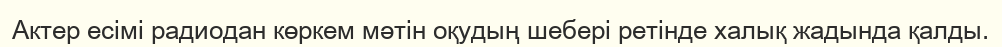
Актер есімі радиодан көркем мәтін оқудың шебері ретінде халық жадында қалды.